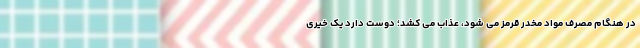
در هنگام مصرف مواد مخدر قرمز می شود، عذاب می کشد؛ دوست دارد یک خیری